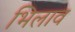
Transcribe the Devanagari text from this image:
भिलाव